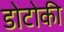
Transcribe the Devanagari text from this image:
डोटोकी